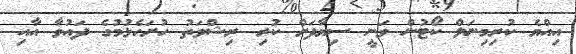
އިއްޔެ ކުރިމިނަލް ކޯޓުން ވަނީ ސިޔާދަށް ކުރި ރިޝްވަތު ހުށަހެޅުމުގެ ދައުވާ އާއި